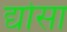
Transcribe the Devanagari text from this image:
द्योसा